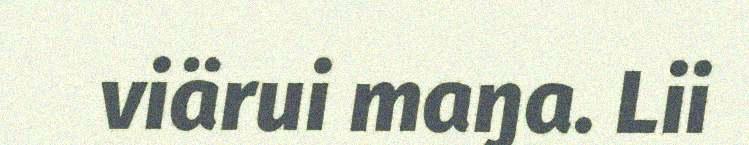
viärui maŋa. Lii